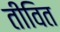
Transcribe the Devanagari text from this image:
तीवित